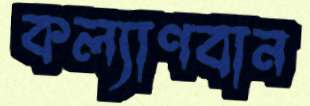
কল্যাণবান